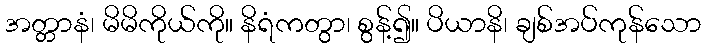
အတ္တာနံ၊ မိမိကိုယ်ကို။ နိရံကတွာ၊ စွန့်၍။ ပိယာနိ၊ ချစ်အပ်ကုန်သော